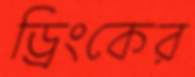
ড্রিংকের